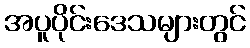
အပူပိုင်းဒေသများတွင်